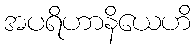
အပရိဟာနိယေဟိ